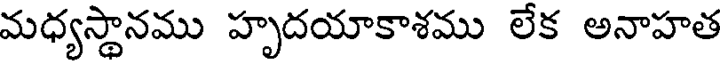
మధ్యస్థానము హృదయాకాశము లేక అనాహత